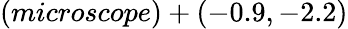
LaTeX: (microscope)+(-0.9,-2.2)